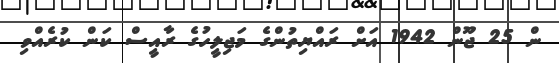
ން 25 ޖޫން 1942 އަށް ރައްޔިތުންގެ މަޖިލީހުގެ ރާއީސް ކަން ކުރެއްވި